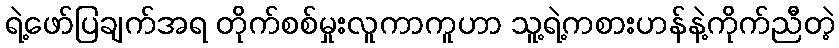
ရဲ့ဖော်ပြချက်အရ တိုက်စစ်မှုးလူကာကူဟာ သူ့ရဲ့ကစားဟန်နဲ့ကိုက်ညီတဲ့